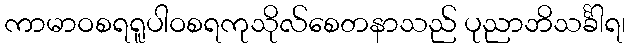
ကာမာဝစရရူပါဝစရကုသိုလ်စေတနာသည် ပုညာဘိသင်္ခါရ၊